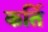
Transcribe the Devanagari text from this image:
कर्ति